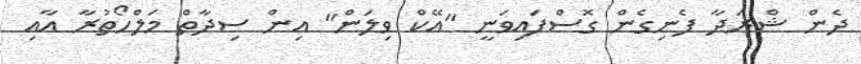
ދެން ޝްރަދާ ފެނިގެން ގޮސްފައިވަނީ "އޭކް ވިލަން" އިން ސިދާތް މަލްހޯތުރާ އާއި